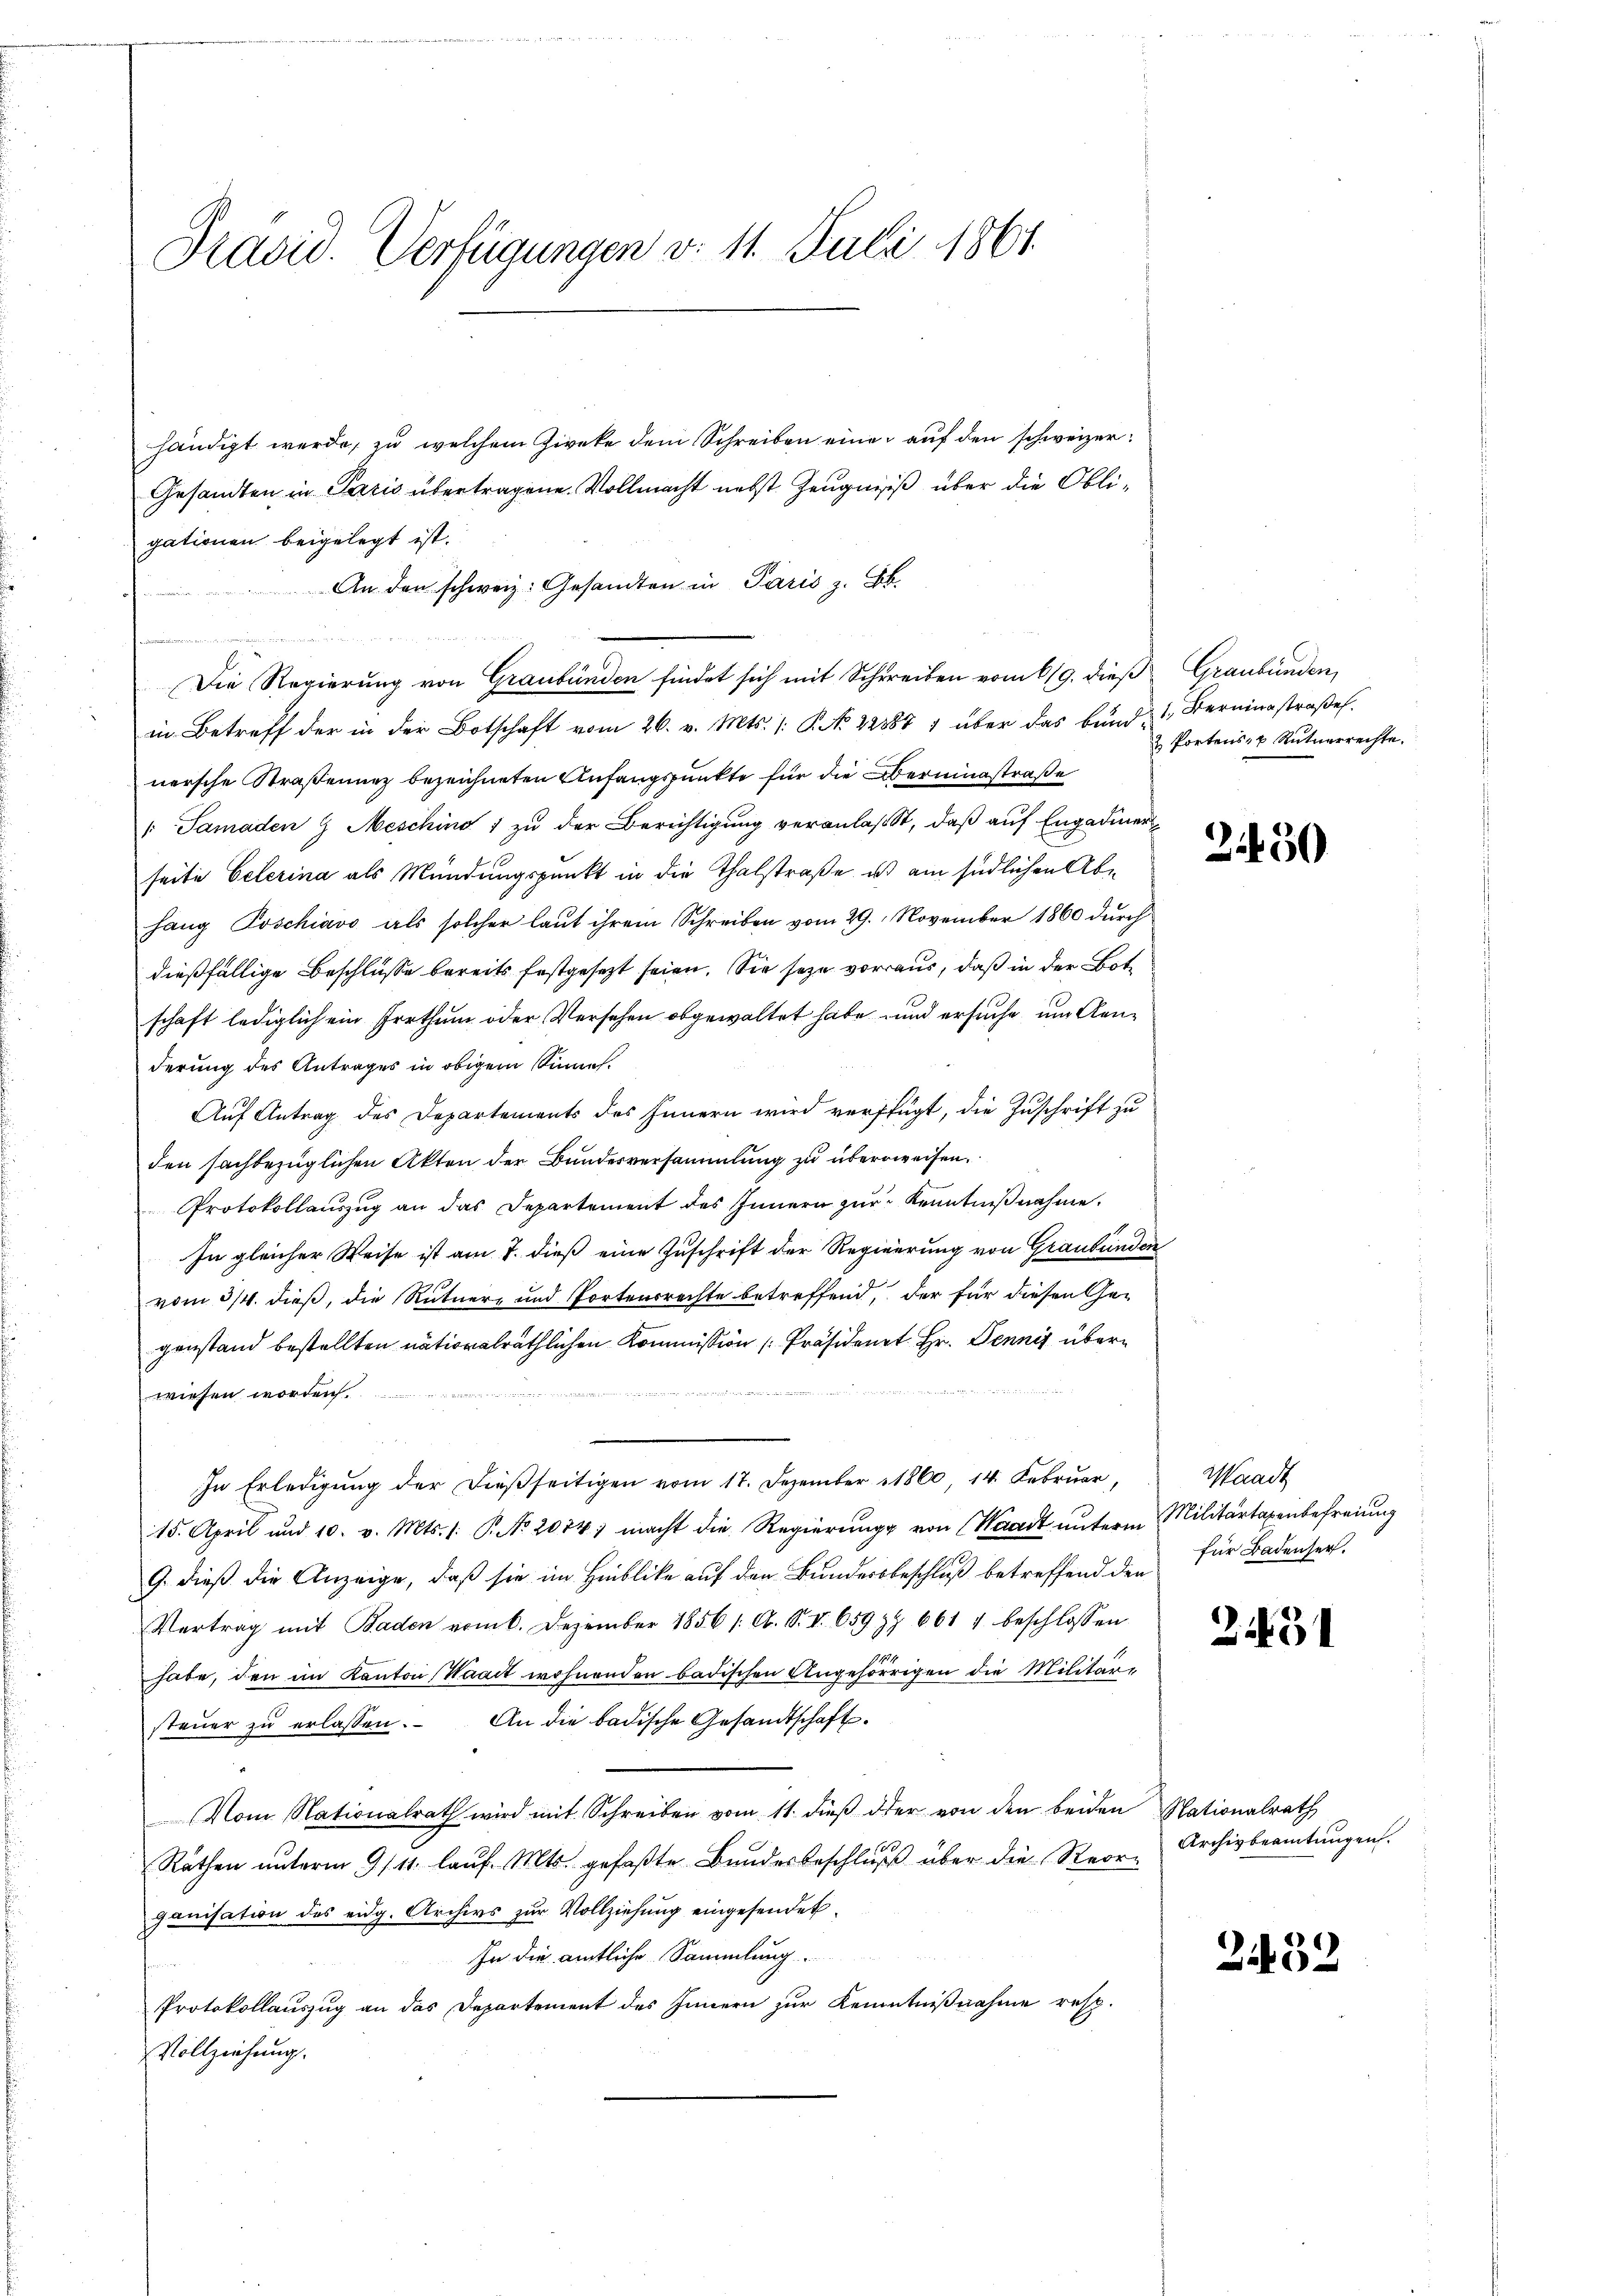
Präsid. Verfügungen d. 11. Juli 1861.

händigt werde, zu welchem Zweke dem Schreiben eine auf den schweizer¬
Gesandten in Paris übertragene. Vollmacht nebst Zeugniß über die Obligationen beigelegt ist.
An den schweiz. Gesandten in Paris z. B.

Die Regierung von Graubünden findet sich mit Schreiben vom 619. dieß Graubünden,
in Betreff der in der Botschaft vom 26. v. Mts. /: P. No 22887 1 über das bund 1, Berningstraβe.
nersche Straßenunz bezeichneten Anfangspunkte für die Bereinstraße
" Samaden 9 Mesching 1 zu der Berichtigung veranlaßt, daß auf Engadiner
seite Gelerina als Mündungspunkt in die Thalstraße, ist am südlichen Abhang Poschiavo als solcher laŭt ihrem Schreiben vom 29. November 1860 dŭrch
dießfällige Beschlüsse bereits festgesezt seien. Sie seze vorraus, daß in der Bote
schaft lediglich ein Irrthum oder Versehen obgewaltet habe und ersuche um Genderung des Antrages in obigem Sinnes.
Auf Antrag des Departements des Innern wird verfügt, die Zuschrift zu
den sachbezüglichen Akten der Bundesversammlung zu überweisen.
Protokollauszug an das Departement des Innern zur Kenntnißnahme,
In gleicher Weise ist am 7. dieß eine Zuschrift der Regierung von Graubünden
vom 3/4. dieß, die Rütner- und Tortenrechte betreffend, der für diesen Gegenstand bestellten nationalräthlichen Kommission [Präsident Hr. Dennis überwiesen worden.
In Erledigŭng der dieβ seitigen vom 17. Dezember 1860, 14. Februar,
15. April und 10. v. Mts. /: P. No 2074. macht die Regierŭng von Waadt ŭnterm Militärtaxenbefreiung
9. dieß die Anzeige, daß sie im Hinblicke auf den Bundersbeschluß betreffend den
Vertrag mit Baden vom 6. Dezember 1856 1. A. S. II. 659 Z 661 7 beschlossen
habe, den im Kanton Waadt wohnenden badischen Angehörigen die Militär-
steŭer zŭ erlassen. An die badische Gesandtschaft.
Vom Nationalrath wird mit Schreiben vom 11. dieβ der von den beiden Nationalrath
Räthen ŭnterm 9/11. laŭf. Mts. gefaβte Bŭndesbeschlŭβ über die Reorganisation des eidg. Archivs zŭr Vollziehung eingesendet.
In die amtliche Sammlung
Protokollauszug an das Departement des Innern zur Kenntnißnahme resp.
Vollziehung.

2 Portens- & Rutuerrechte.

2450

Waadt
für Badenser.

2451

Archivbeamtungen.

2432